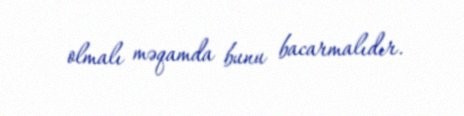
olmalı məqamda bunu bacarmalıdır.